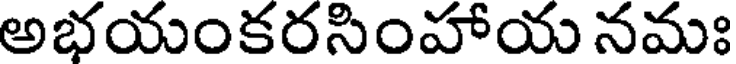
అభయంకరసింహాయ నమః